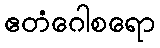
ဧတံဂေါစရော